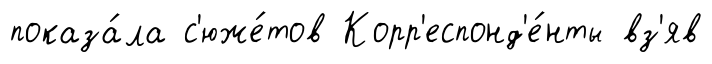
показа́ла с'юже́тов Корр'еспонд'е́нты вз'яв